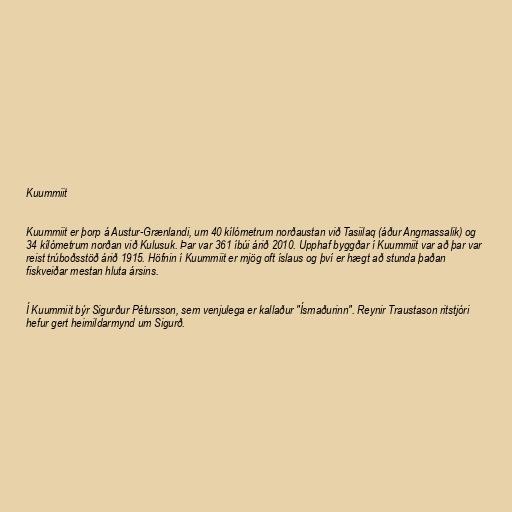
Kuummiit

Kuummiit er þorp á Austur-Grænlandi, um 40 kílómetrum norðaustan við Tasiilaq (áður Angmassalik) og
34 kílómetrum norðan við Kulusuk. Þar var 361 íbúi árið 2010. Upphaf byggðar í Kuummiit var að þar var
reist trúboðsstöð árið 1915. Höfnin í Kuummiit er mjög oft íslaus og því er hægt að stunda þaðan
fiskveiðar mestan hluta ársins.

Í Kuummiit býr Sigurður Pétursson, sem venjulega er kallaður "Ísmaðurinn". Reynir Traustason ritstjóri
hefur gert heimildarmynd um Sigurð.